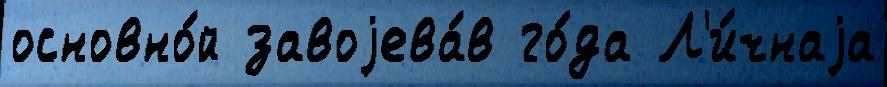
основно́й завоjева́в го́да Л'и́чнаjа